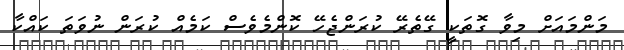
މަންމައަށް މިވާ ގޮތަކީ ގޭތެރޭ ކުރަންޖެހޭ ކޮންމެވެސް ކަމެއް ކުރަން ނުވަތަ ކައްކާ